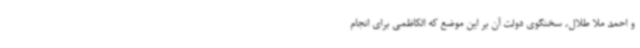
و احمد ملا طلال، سخنگوی دولت آن بر این موضع که الکاظمی برای انجام